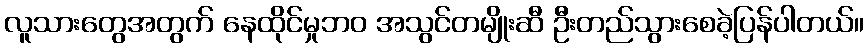
လူသားတွေအတွက် နေထိုင်မှုဘဝ အသွင်တမျိုးဆီ ဦးတည်သွားစေခဲ့ပြန်ပါတယ်။